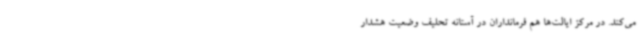
می‌کند. در مرکز ایالت‌ها هم فرمانداران در آستانه تحلیف وضعیت هشدار